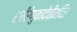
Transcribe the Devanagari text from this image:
श्रीरेणुकादेवीमंदिर